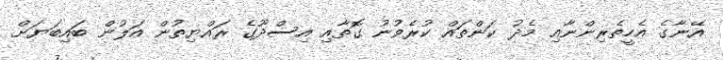
އޭނާގެ އެހީތެރިންނާއި މެދު ކަންތައް ކުރެވުނު ގޮތާއި އިސްދޫގެ ރައްޔިތުން އަލުން ބައިބަޔަށް